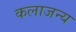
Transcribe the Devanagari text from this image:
कलाजन्य